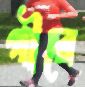
পীরে